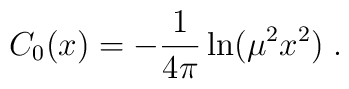
C_0(x) = -\frac{1}{4\pi} \ln(\mu^2 x^2) \; .